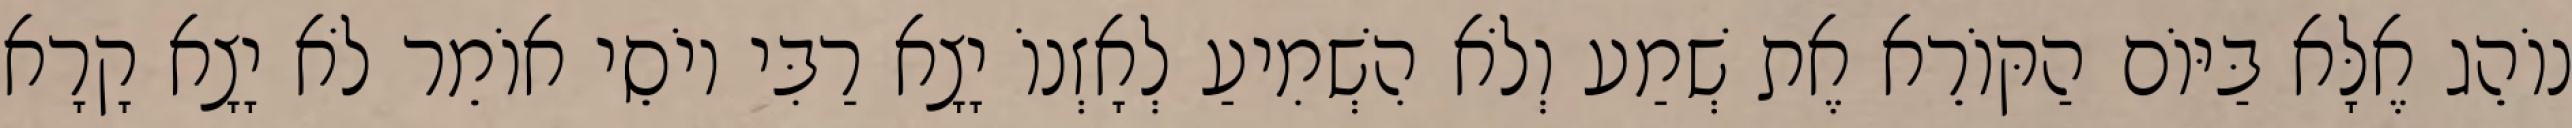
נוֹהֵג אֶלָּא בַּיּוֹם הַקּוֹרֵא אֶת שְׁמַע וְלֹא הִשְׁמִיעַ לְאָזְנוֹ יָצָא רַבִּי יוֹסֵי אוֹמֵר לֹא יָצָא קָרָא